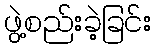
ဖွဲ့စည်းခဲ့ခြင်း